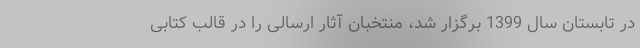
در تابستان سال 1399 برگزار شد، منتخبان آثار ارسالی را در قالب کتابی